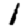
Digit: 1